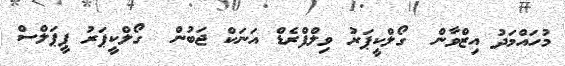
މުހައްމަދު އިޒްވާން  ގޯލްކީޕަރު ވިލްފްރެޑް އަނަކް ޖަބުން  ގޯލްކީޕަރު ޕީޕަލްސް